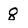
Character: 8